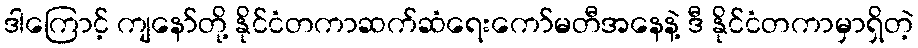
ဒါကြောင့် ကျနော်တို့ နိုင်ငံတကာဆက်ဆံရေးကော်မတီအနေနဲ့ ဒီ နိုင်ငံတကာမှာရှိတဲ့